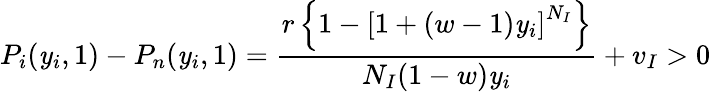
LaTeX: P_{i}(\mathit{y}_{i},1)-P_{n}(\mathit{y}_{i},1)=\frac{{r\left\{ 1-\left[1+(w-1)\mathit{y}_{i}\right]^{N_{I}}\right\} }}{{N_{I}(1-w)\mathit{y}_{i}}}+v_{I}>0